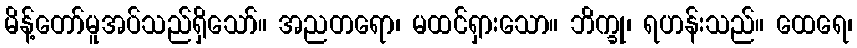
မိန့်တော်မူအပ်သည်ရှိသော်။ အညတရော၊ မထင်ရှားသော။ ဘိက္ခု၊ ရဟန်းသည်။ ထေရေ၊